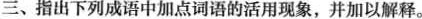
三、指出下列成语中加点词语的活用现象，并加以解释。